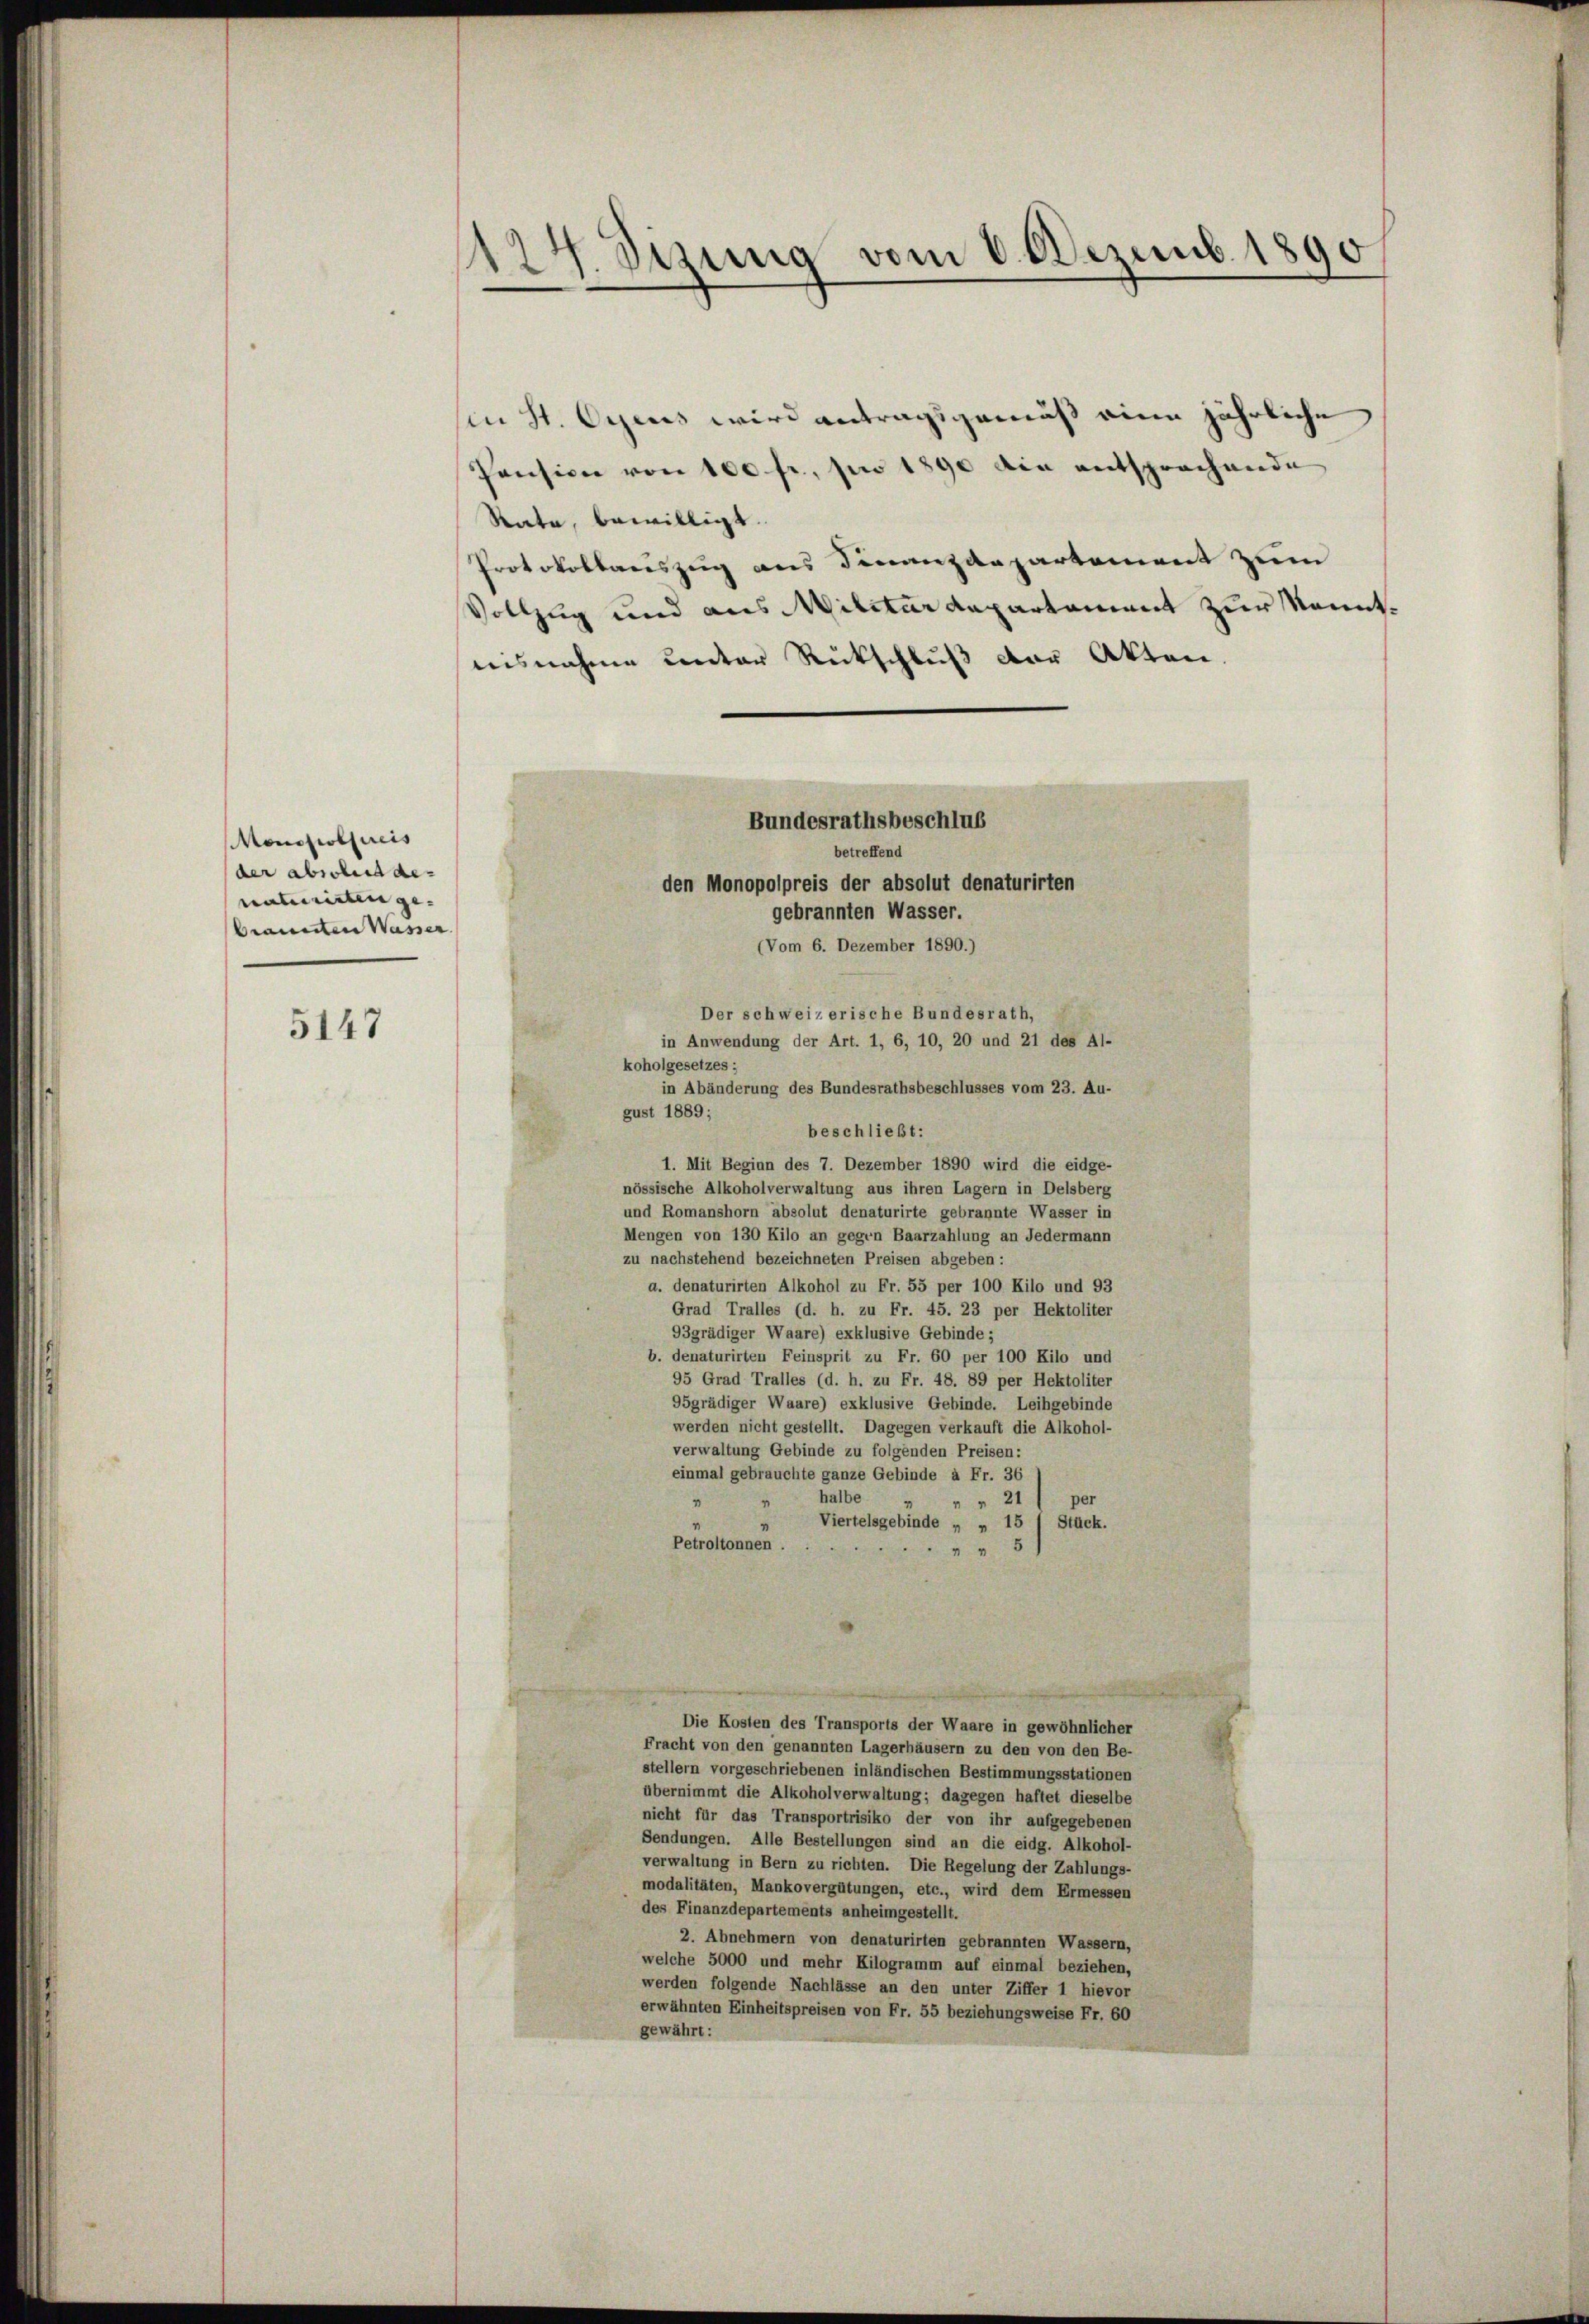
Monopolseeis
(der absolut de
naturisten ge- |
brannten Wasser

5147

s. Innig vom 8. Dezemb. 1890
2

sin St. Oyens wird antragsgemäß eine jährliche
Pension von 100 fr, pro 1890 in entsprochende
Rata, bewilligt.
Protokollauszug aus Finanzdepartement zum
Vollzug und aus Militärdepartement zur Kenntnisnahme Centar Rückschluß der Akten.

Bundesrathsbeschlus
betreffend

den Monopolpreis der absolut denaturirten

gebrannten Wasser.
(Vom 6. Dezember 1890.)
Der schweizerische Bundesrath,
in Anwendung der Art. 1, 6, 10, 20 und 21 des Al-
koholgesetzes;
in Abänderung des Bundesrathsbeschlusses vom 23. Au-
gust 1889;
beschließt:

1. Mit Beginn des 7. Dezember 1890 wird die eidge-
nössische Alkoholverwaltung aus ihren Lagern in Delsberg
und Romanshorn absolut denaturirte gebrannte Wasser in
Mengen von 130 Kilo an gegen Baarzahlung an Jedermann
zu nachstehend bezeichneten Preisen abgeben:
a. denaturirten Alkohol zu Fr. 55 per 100 Kilo und 93
Grad Tralles (d. h. zu Fr. 45. 23 per Hektoliter
93grädiger Waare) exklusive Gebinde;
b. denaturirten Feinsprit zu Fr. 60 per 100 Kilo und
95 Grad Tralles (d. h. zu Fr. 48. 89 per Hektoliter
95grädiger Waare) exklusive Gebinde. Leihgebinde
werden nicht gestellt. Dagegen verkauft die Alkohol-
verwaltung Gebinde zu folgenden Preisen:
einmal gebrauchte ganze Gebinde à Fr. 36
halbe
" " 21
"
“
Viertelsgebinde „ „ 15 / Stück.
Petroltonnen.
5
Die Kosten des Transports der Waare in gewöhnlicher
Fracht von den genannten Lagerhäusern zu den von den Be-
stellern vorgeschriebenen inländischen Bestimmungsstationen
übernimmt die Alkoholverwaltung; dagegen haftet dieselbe
nicht für das Transportrisiko der von ihr aufgegebenen
Sendungen. Alle Bestellungen sind an die eidg. Alkohol-
verwaltung in Bern zu richten. Die Regelung der Zahlungs-
modalitäten, Mankovergütungen, etc., wird dem Ermessen
des Finanzdepartements anheimgestellt.
2. Abnehmern von denaturirten gebrannten Wassern,
welche 5000 und mehr Kilogramm auf einmal beziehen,
werden folgende Nachlässe an den unter Ziffer 1 hievor
erwähnten Einheitspreisen von Fr. 55 beziehungsweise Fr. 60
gewährt: